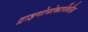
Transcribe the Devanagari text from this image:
ट्राइगोनोकार्पेलीज़